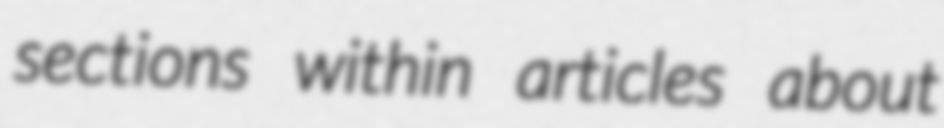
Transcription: sections within articles about